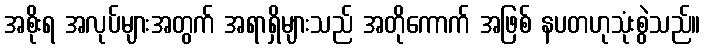
အစိုးရ အလုပ်များအတွက် အရာရှိများသည် အတိုကောက် အဖြစ် နပတဟုသုံးစွဲသည်။